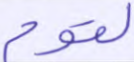
لقوم